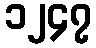
၁၂၄၇